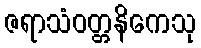
ဇရာသံဝတ္တနိကေသု